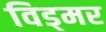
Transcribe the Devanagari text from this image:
विड्मर